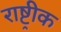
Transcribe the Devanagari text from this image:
राष्ट्रीक